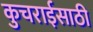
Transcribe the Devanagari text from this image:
कुचराईसाठी